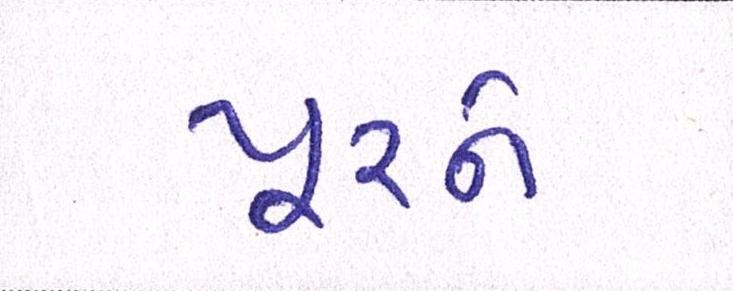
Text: પૂરને